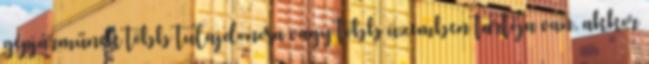
gépjárműnek több tulajdonosa vagy több üzemben tartója van, akkor